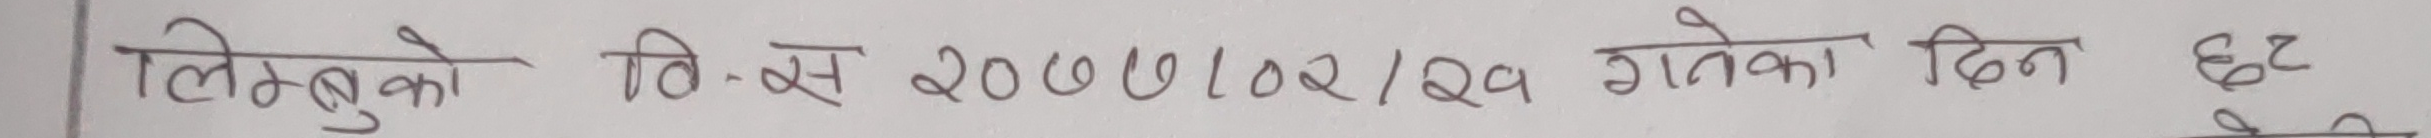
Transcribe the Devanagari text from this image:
लिम्बुको वि.स. 2000/02/29 गतेका दिन छह